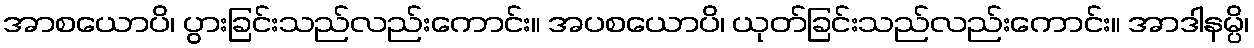
အာစယောပိ၊ ပွားခြင်းသည်လည်းကောင်း။ အပစယောပိ၊ ယုတ်ခြင်းသည်လည်းကောင်း။ အာဒါနမ္ပိ၊